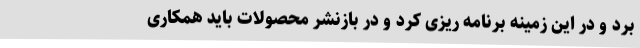
برد و در این زمینه برنامه ریزی کرد و در بازنشر محصولات باید همکاری